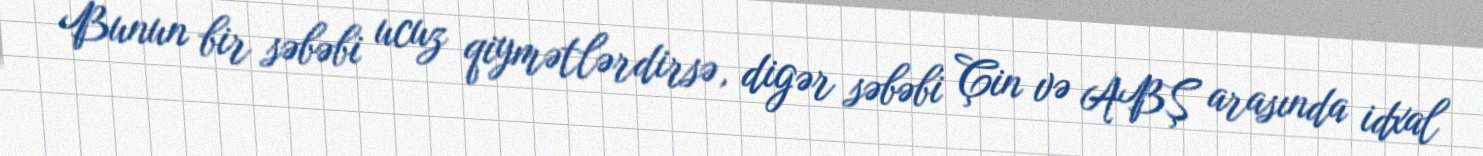
Bunun bir səbəbi ucuz qiymətlərdirsə, digər səbəbi Çin və ABŞ arasında idxal